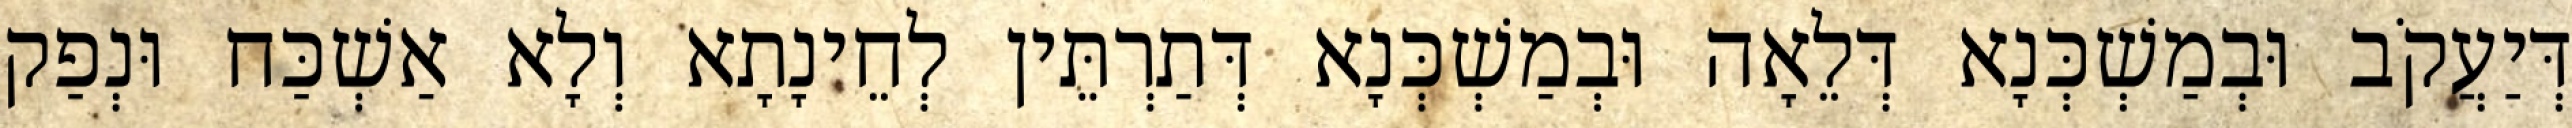
דְּיַעֲקֹב וּבְמַשְׁכְּנָא דְּלֵאָה וּבְמַשְׁכְּנָא דְּתַרְתֵּין לְחֵינָתָא וְלָא אַשְׁכַּח וּנְפַק